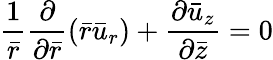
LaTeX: \frac{1}{\bar{r}}\frac{\partial}{{\partial}\bar{r}}\left(\bar{r}\bar{u}_{r}\right)+\frac{{\partial}\bar{u}_{z}}{{\partial}\bar{z}}=0